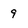
Character: 9